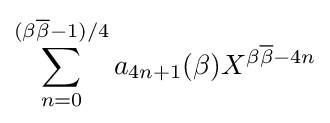
\sum _{n=0}^{(\beta {\overline {\beta }}-1)/4}a_{4n+1}(\beta )X^{\beta {\overline {\beta }}-4n}